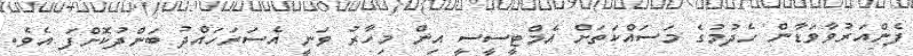
ފެންއަރުވާވަޑާން ހެދުމުގެ މަސައްކަތަށް އެމްޓީސީސީ އިން މިހާރު ވަނީ އެސަރަހައްދު ބަންދުކޮށްފަ އެވެ.